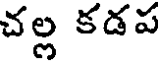
చల్ల కడప